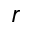
r